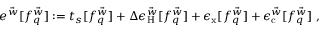
\begin{array} { r } { e ^ { \vec { w } } [ f _ { q } ^ { \vec { w } } ] : = t _ { s } [ f _ { q } ^ { \vec { w } } ] + \Delta \epsilon _ { \mathrm { H } } ^ { \vec { w } } [ f _ { q } ^ { \vec { w } } ] + \epsilon _ { \mathrm { x } } [ f _ { q } ^ { \vec { w } } ] + \epsilon _ { \mathrm { c } } ^ { \vec { w } } [ f _ { q } ^ { \vec { w } } ] \; , } \end{array}